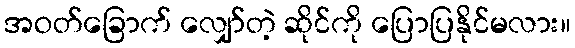
အဝတ်ခြောက် လျှော်တဲ့ ဆိုင်ကို ပြောပြနိုင်မလား။